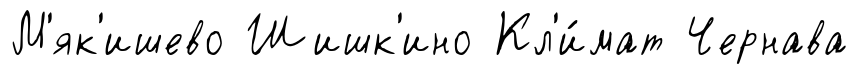
М'як'ишево Шишк'ино Кл'и́мат Чернава